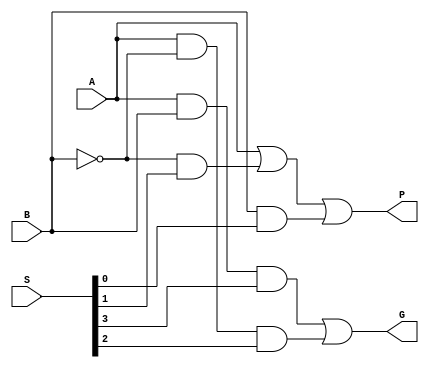
module pg(
  input A,
  input B,
  input[3:0] S,  // operation
  output G,      // generate
  output P       // propagate
);

  assign G = (A & B & S[3]) | (A & ~B & S[2]);
  assign P = A | (~B & S[1]) | B & S[0];

endmodule